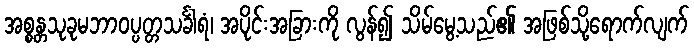
အစ္စန္တသုခုမဘာဝပ္ပတ္တသင်္ခါရံ၊ အပိုင်းအခြားကို လွန်၍ သိမ်မွေ့သည်၏ အဖြစ်သို့ရောက်လျက်